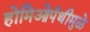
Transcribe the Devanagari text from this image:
होमिओपॅथीमुळे